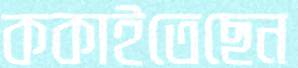
ককাইতেছেন